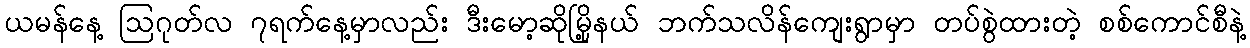
ယမန်နေ့ ဩဂုတ်လ ၇ရက်နေ့မှာလည်း ဒီးမော့ဆိုမြို့နယ် ဘက်သလိန်ကျေးရွာမှာ တပ်စွဲထားတဲ့ စစ်ကောင်စီနဲ့